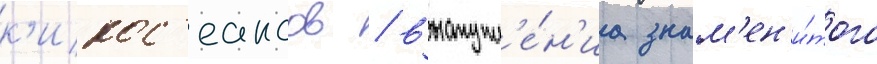
к'инос'еансов / выступл'е́н'иа знам'ен'и́того